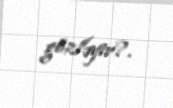
gözləyir?.